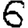
Digit: 6